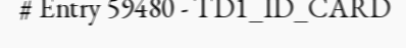
# Entry 59480 - TD1_ID_CARD